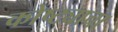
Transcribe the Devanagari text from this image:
कोष्ट्याचा